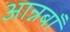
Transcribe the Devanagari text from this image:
आन्नबाँ